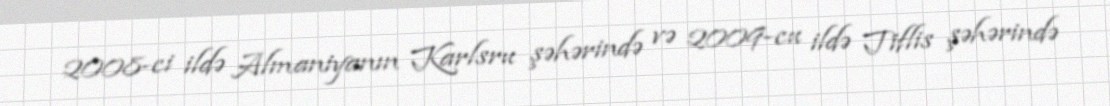
2008-ci ildə Almaniyanın Karlsru şəhərində və 2009-cu ildə Tiflis şəhərində